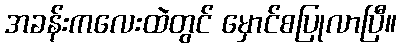
အခန်းကလေးထဲတွင် မှောင်စပြုလာပြီ။